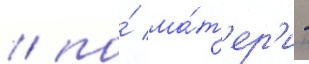
/ по́ ма́т'ер'и -